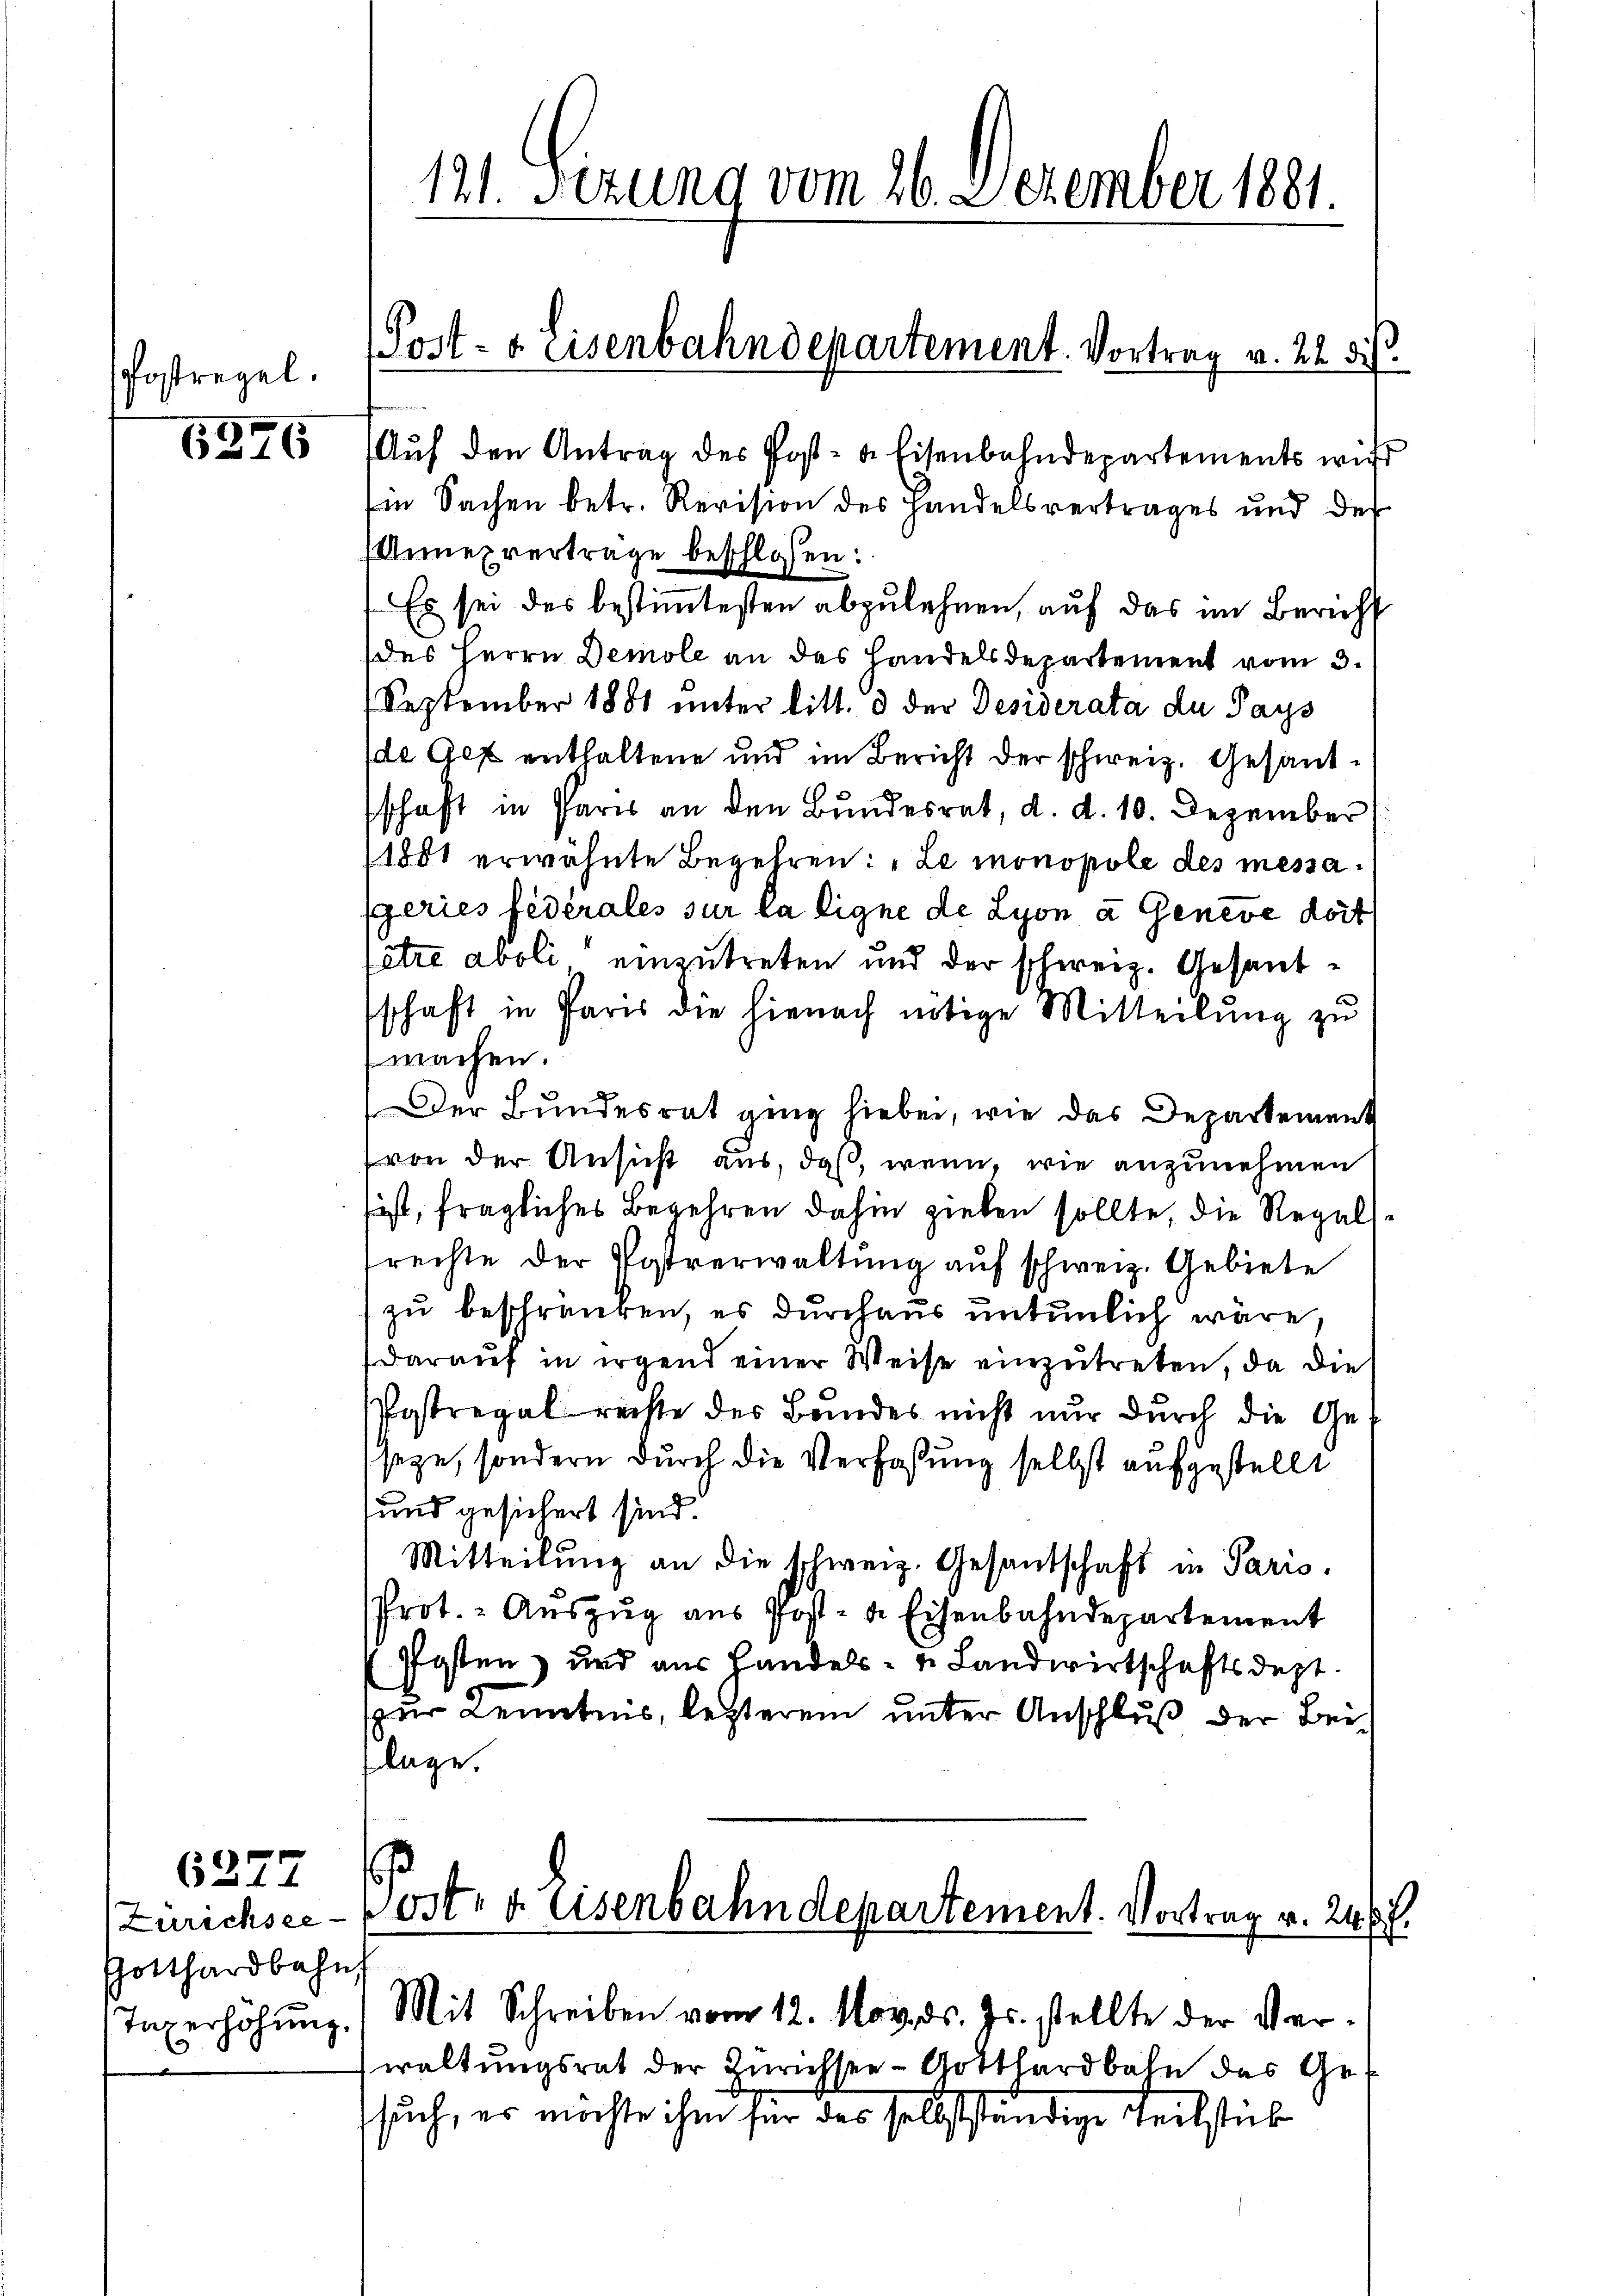
Postregel.

6376

6277

Zürichsee
Gotthardbahn,
Taxerhohung.

121. Sezung vom 26. Dezember 1881.

Aŭf den Antrag des Post- & Eisenbahndepartements wir

in Sachen betr. Revision des Handelsvertrages und der
Annexvertrage beschlossen:
Es sei des bestimmtesten abzulehnen, auf das im Bericht
des Herrn Demole an das Handelsdepartement vom 3.
September 1881 unter litt. d der Desiderata du Pays
de Gef enthaltene und im Bericht der schweiz. Gesandschaft in Paris an den Bundesrat, d. d. 10. Dezember
1881 erwähnte Begehren: „Le monopole des messageries Federales sur la ligne de Lyon a Geneve doit
être aboli einzutreten und der schweiz. Gesandschaft in Paris die hienach nötige Mitteilŭng zu
machen.
Der Bundesrat ging hiebei, wie das Departement
von der Ansicht aus, daß, wenn, wie anzunehmen
ist, fragliches Begehren dahin zielen sollte, die Regals
rechte der Postverwaltung auf schweiz. Gebiete
zu beschränken, es durchaus untenlich wäre,
darauf in irgend einer Weise einzutreten, da die
Postregal rechte des Bundes nicht nur durch die Geseye, sondern durch die Verfaßung selbst aufgestellt
und gesichert sind.
Mitteilung an die schweiz. Gesandschaft in Paris.
Prot. - Auszug aus Post- & Eisenbahndepartement
Posten, und aus Handels- u. Landwirtschaftsdept.
zur Kenntnis, letzterem unter Anschluß der Beilage.

waltungsrat der Zürichsee - Gotthardbahn des Gesuch, es möchte ihm für das selbstständige Teilstab

Post- u. Eisenbahndepartement. Vortrag v. 22. di

Post- & Eisenbahndepartement. Vortrag v. 246.
Mit Schreiben vom 12. Nov. ds. Js. stellte der Ver¬